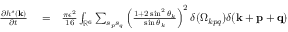
\begin{array} { r l r } { \frac { \partial h ^ { s } ( { \bf k } ) } { \partial t } } & { { } = } & { \frac { \pi \epsilon ^ { 2 } } { 1 6 } \int _ { { \mathbb { R } } ^ { 6 } } \sum _ { s _ { p } s _ { q } } \left( \frac { 1 + 2 \sin ^ { 2 } \theta _ { k } } { \sin \theta _ { k } } \right) ^ { 2 } \delta ( \Omega _ { k p q } ) \delta ( { \bf k } + { \bf p } + { \bf q } ) \quad \quad } \end{array}